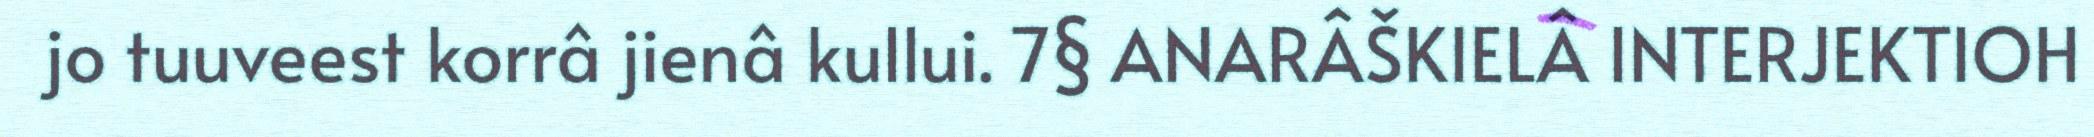
jo tuuveest korrâ jienâ kullui. 7§ ANARÂŠKIELÂ INTERJEKTIOH